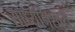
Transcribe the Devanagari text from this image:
साध्यनिश्चय